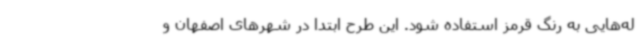
له‌هایی به رنگ قرمز استفاده شود. این طرح ابتدا در شهرهای اصفهان و